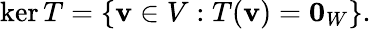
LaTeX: \ker T=\{ \mathbf{v}\in V:T(\mathbf{v})=\mathbf{0}_{W}\} {\mathrm{.}}